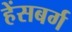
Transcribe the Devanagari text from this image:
हेंसबर्ग